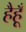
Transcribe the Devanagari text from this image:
हैहूँ